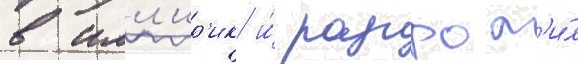
в илл'ир'ик и́ разгром'и́л